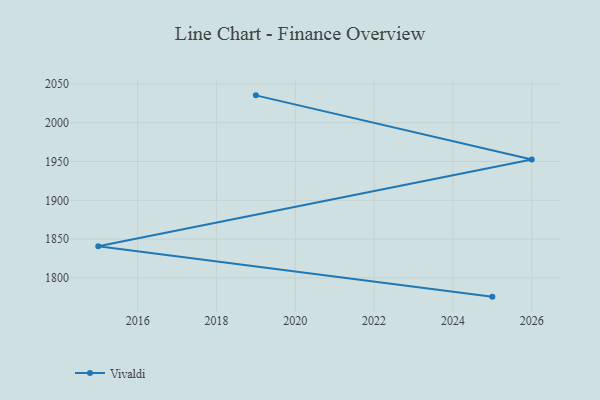
{"axis": {"x": "Year", "y": "Latency (ms)"}, "legend": ["Vivaldi"], "data": [{"x": "2019", "y": 2035.3, "type": "Vivaldi"}, {"x": "2026", "y": 1952.6, "type": "Vivaldi"}, {"x": "2015", "y": 1840.9, "type": "Vivaldi"}, {"x": "2025", "y": 1775.9, "type": "Vivaldi"}]}